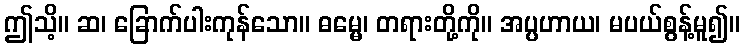
ဤသိ့။ ဆ၊ ခြောက်ပါးကုန်သော။ ဓမ္မေ၊ တရားတို့ကို။ အပ္ပဟာယ၊ မပယ်စွန့်မူ၍။